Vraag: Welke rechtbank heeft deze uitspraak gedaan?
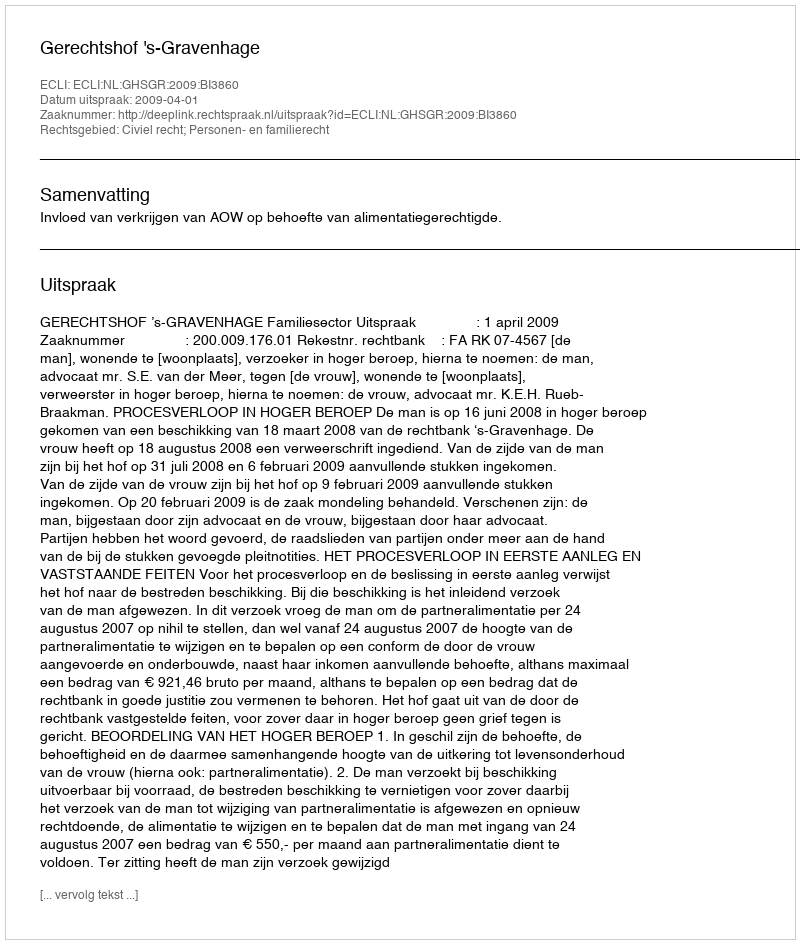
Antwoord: Gerechtshof 's-Gravenhage